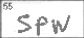
Transcription: SPW